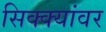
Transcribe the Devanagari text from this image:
सिक्क्यांवर